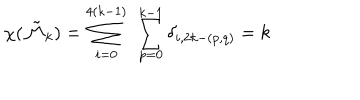
\chi ( \tilde { \cal M } _ { k } ) = \sum _ { i = 0 } ^ { 4 ( k - 1 ) } \ \sum _ { p = 0 } ^ { k - 1 } \delta _ { i , 2 k - ( p , q ) } = k